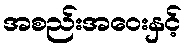
အစည်းအဝေးနှင့်